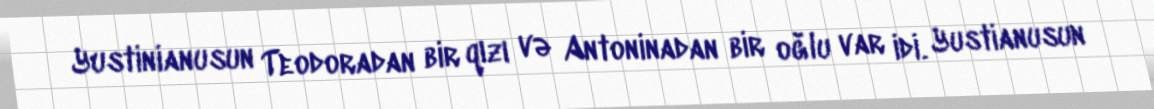
Yustinianusun Teodoradan bir qızı və Antoninadan bir oğlu var idi. Yustianusun